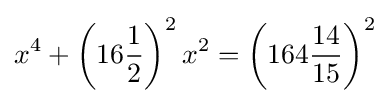
x^{4}+\left(16{\frac {1}{2}}\right)^{2}x^{2}=\left(164{\frac {14}{15}}\right)^{2}